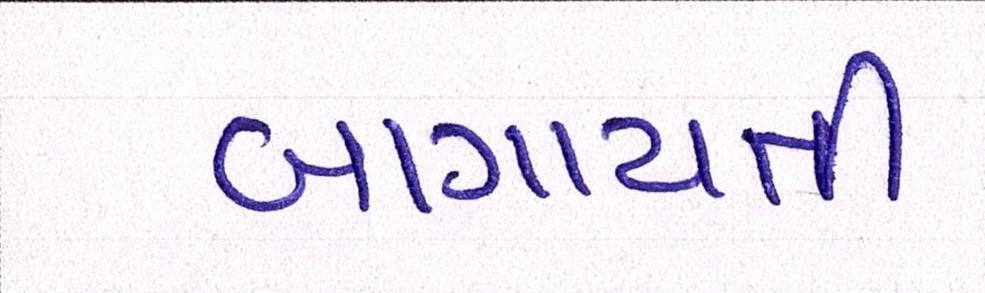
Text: બાગાયતી